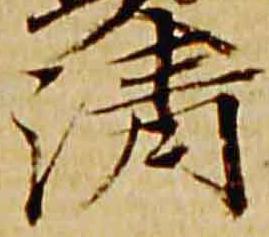
清